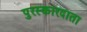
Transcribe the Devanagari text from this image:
पुरस्कारदाता